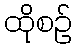
ထိုစဉ်